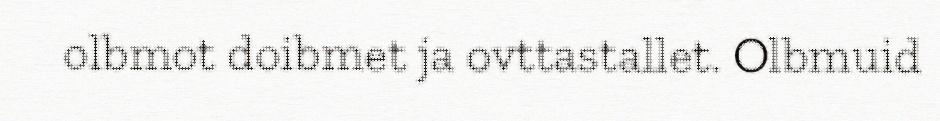
olbmot doibmet ja ovttastallet. Olbmuid